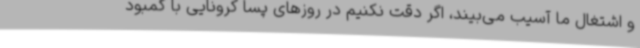
و اشتغال ما آسیب می‌بیند، اگر دقت نکنیم در روزهای پسا کرونایی با کمبود